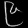
Digit: ၉